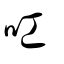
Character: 叿